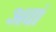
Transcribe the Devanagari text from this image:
अवां